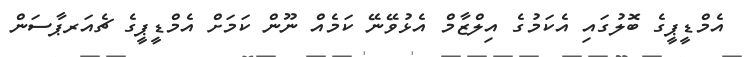
އެމްޑީޕީގެ ބޮލުގައި އެކަމުގެ އިލްޒާމް އެޅުވޭނޭ ކަމެއް ނޫން ކަމަށް އެމްޑީޕީގެ ޗެއަރޕާސަން